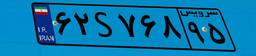
۲۷S۰۸۱۱۶